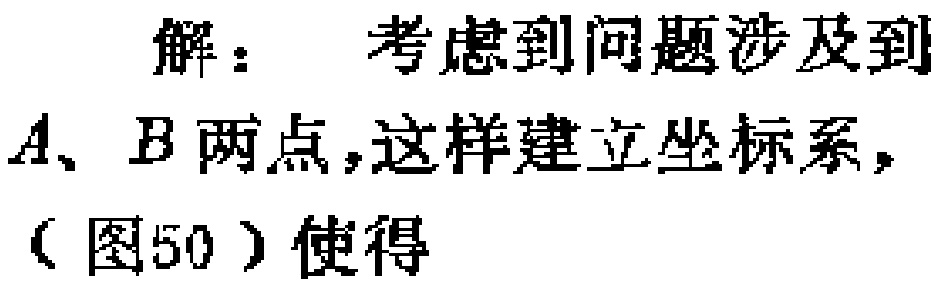
解：考虑到问题涉及到\(A、B\)两点,这样建立坐标系,（图50）使得